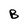
Character: B